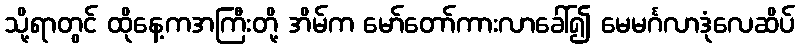
သို့ရာတွင် ထိုနေ့ကအကြီးတို့ အိမ်က မော်တော်ကားလာခေါ်၍ မေမင်္ဂလာဒုံလေဆိပ်